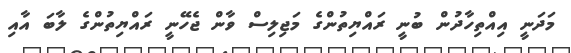
މަދަނީ އިއްތިހާދުން ބުނީ ރައްޔިތުންގެ މަޖިލިސް ވާން ޖެހޭނީ ރައްޔިތުންގެ ލާބަ އާއި